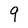
Character: 9